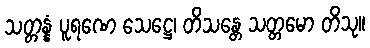
သတ္တန္နံ ပူရဏေ သေဋ္ဌေ၊ တိသန္တေ သတ္တမော တိသု။